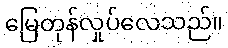
မြေတုန်လှုပ်လေသည်။